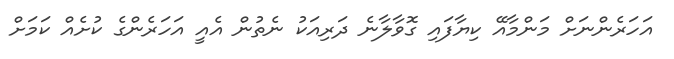
އަހަރެންނަށް މަންމާއޭ ކިޔާފައި ގޮވާލާނެ ދަރިއަކު ނެތުން އެއީ އަހަރެންގެ ކުށެއް ކަމަށް